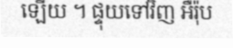
ឡើយ ។ ផ្ទុយទៅវិញ អឺរ៉ុប